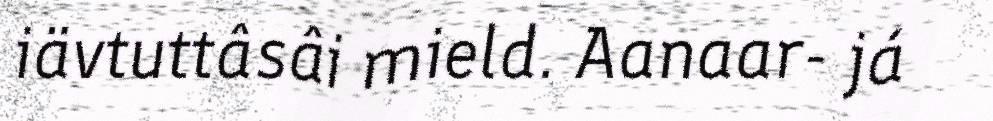
iävtuttâsâi mield. Aanaar- já